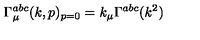
\Gamma _ { \mu } ^ { a b c } ( k , p ) _ { p = 0 } = k _ { \mu } \Gamma ^ { a b c } ( k ^ { 2 } )